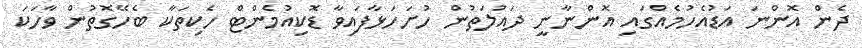
ދެން އޮންނަ އަޑުއެހުމެއްގައި އޮންނާނީ ދައުލަތުން ހުށަހަޅާފައިވާ ޑޮކިއުމެންޓް ހެކިތަކާ ބެހޭގޮތުން ވާހަކަ